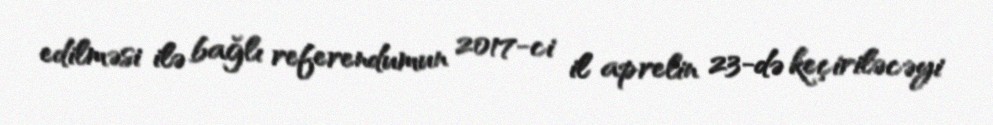
edilməsi ilə bağlı referendumun 2017-ci il aprelin 23-də keçiriləcəyi